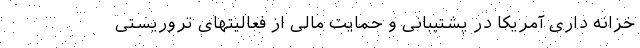
خزانه داری آمریکا در پشتیبانی و حمایت مالی از فعالیتهای تروریستی